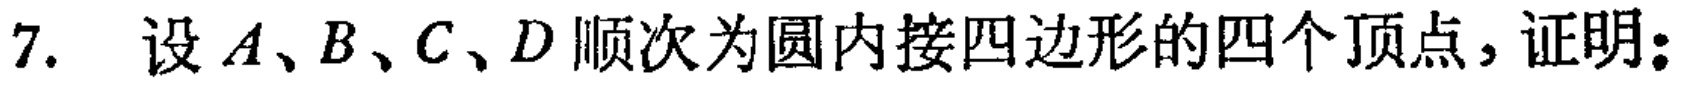
7. 设 \(A、B、C、D\) 顺次为圆内接四边形的四个顶点，证明：